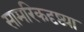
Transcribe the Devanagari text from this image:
सामरिकदृष्ट्या